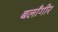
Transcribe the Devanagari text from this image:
बलाँगीर